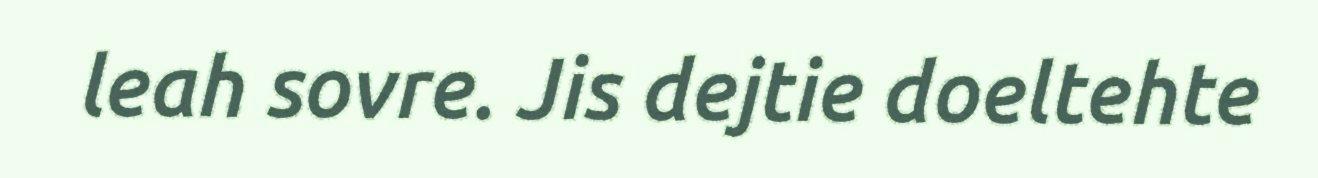
leah sovre. Jis dejtie doeltehte